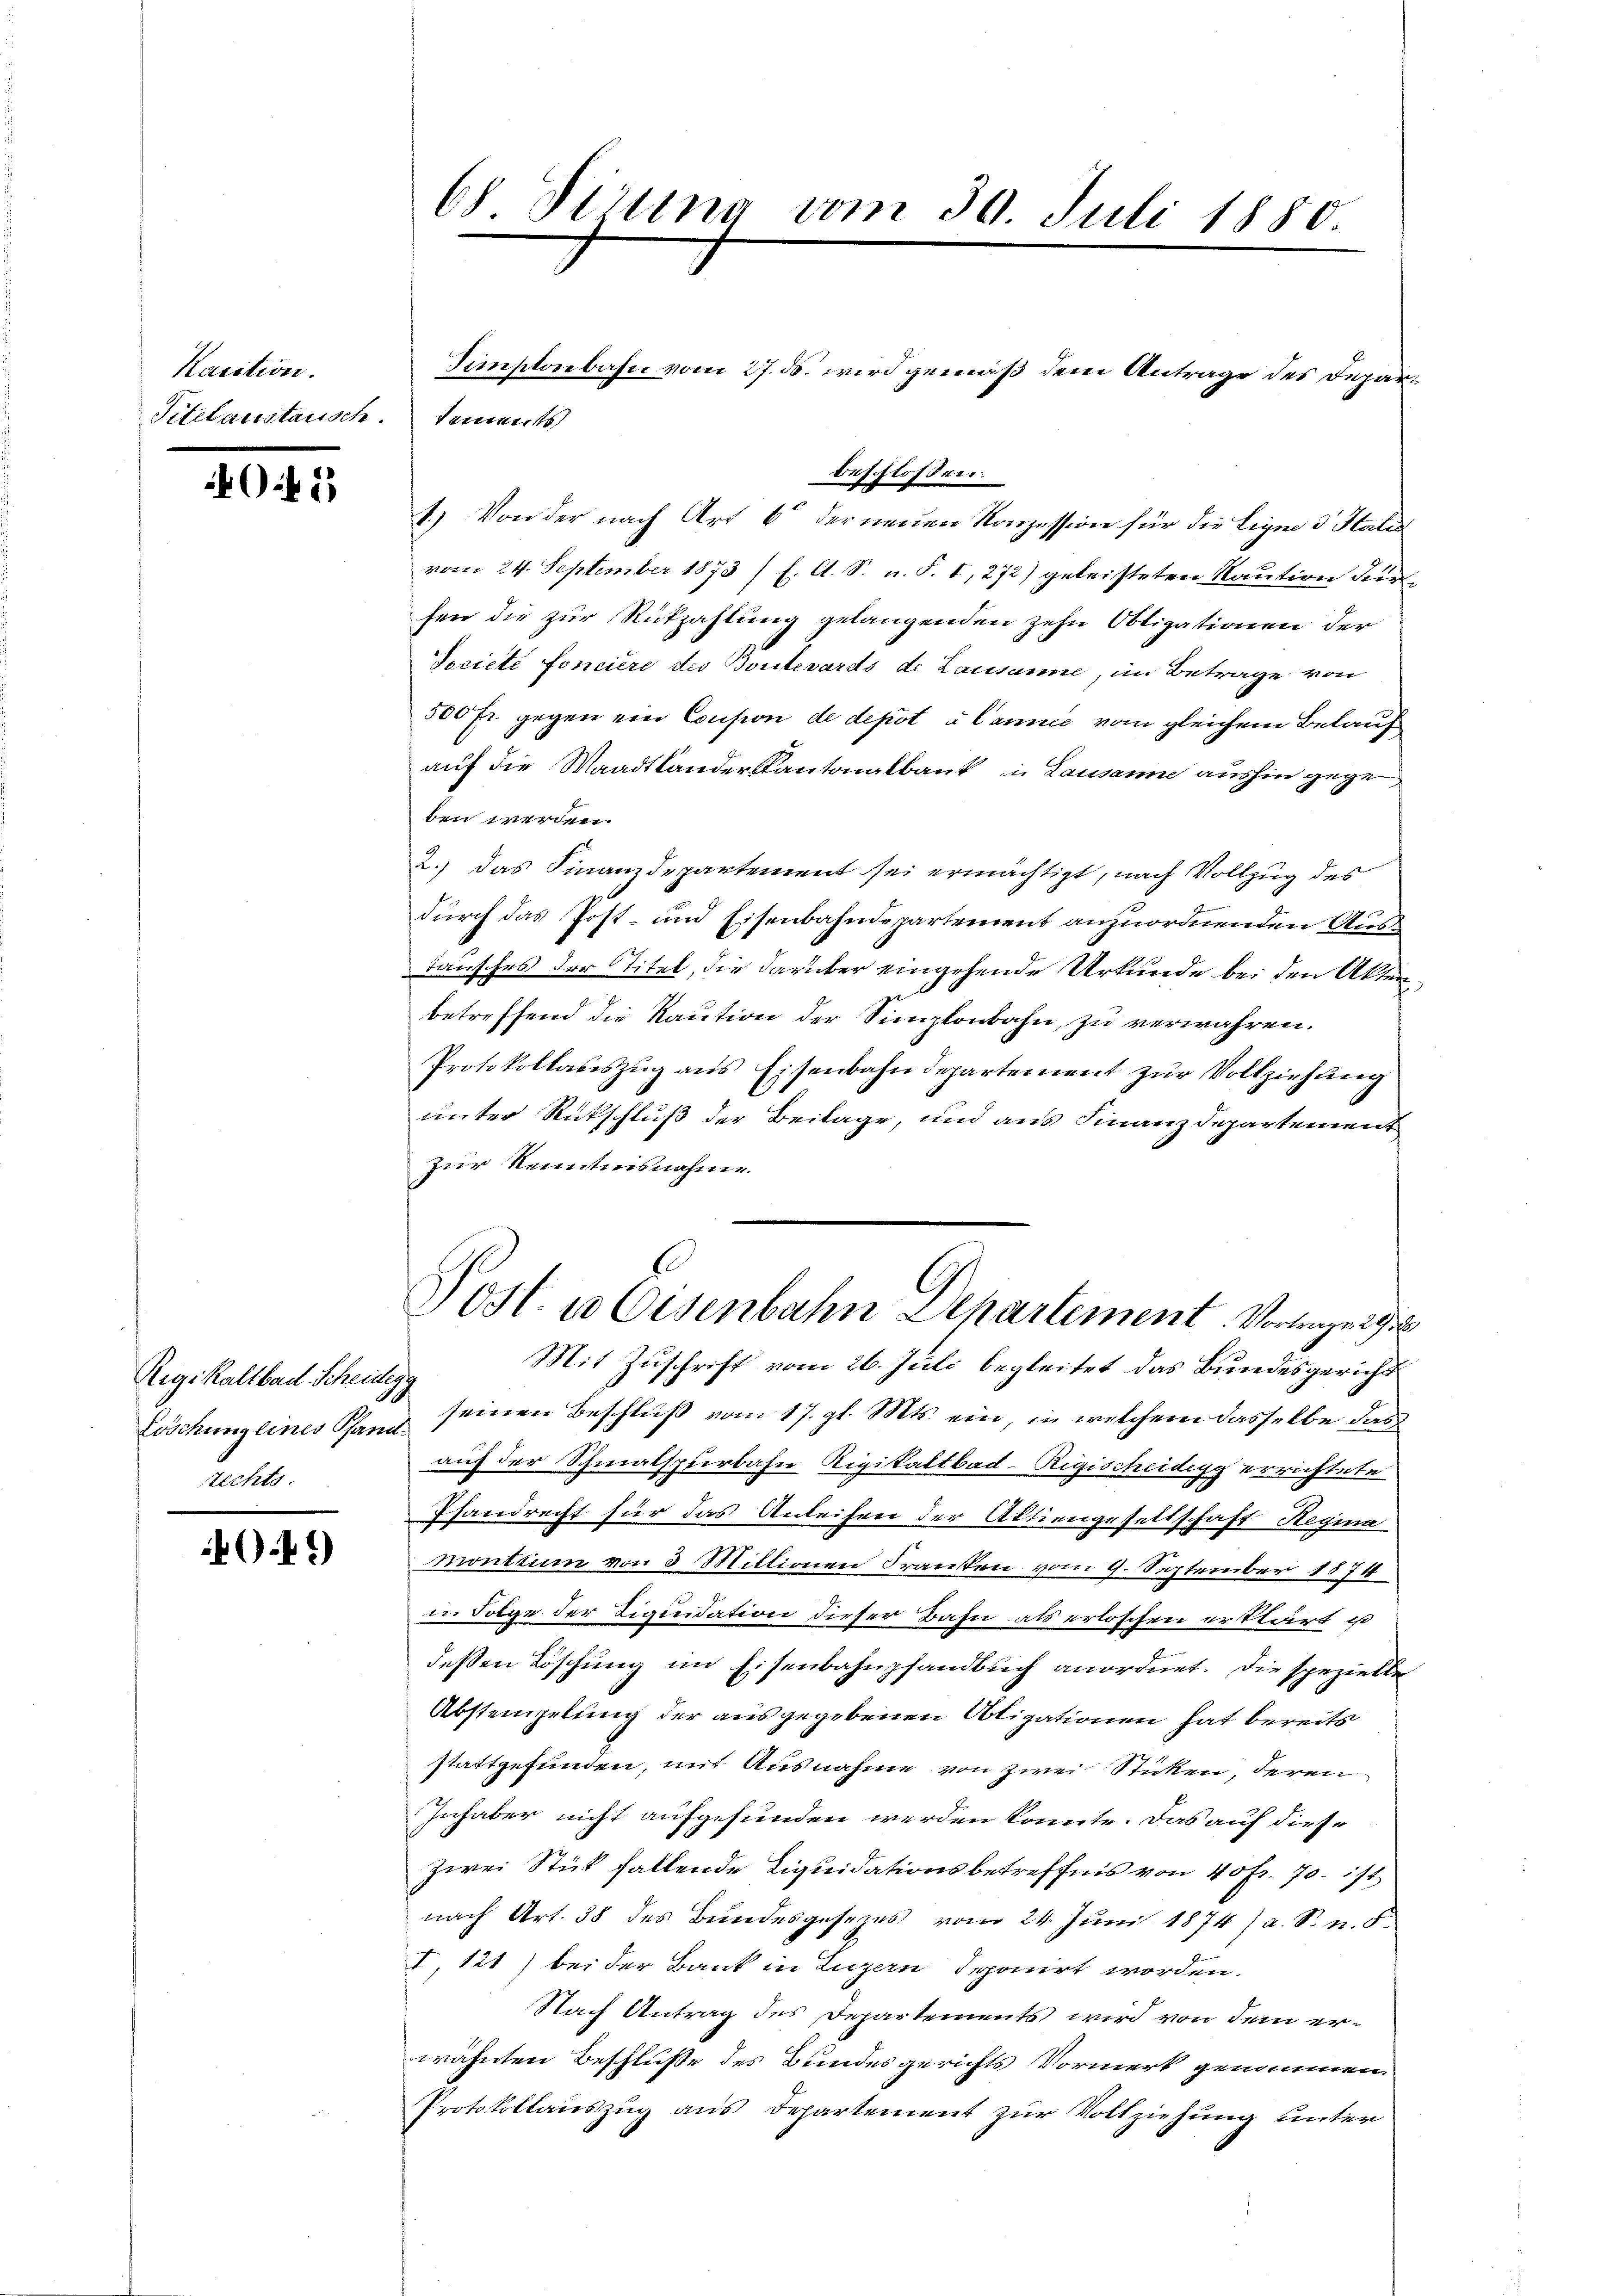
Katition.
Titelaustausch.

02

Rigi kaltbad. Scheidegg
Löschung eines Pfand.
Techts

40.41)

68 Pirung vom 30. Juli 1850

Sunstenbahn vom 27. ds. wird gemäß dem Antrage des Deparbeschlossen:
1.) Von der nach Art 6 der neuen Konzession für die Lign d Statis
vom 24. September 1873 / l. A. S. u. S. I, 272) geleisteten Raution durfen die zur Rückzahlung gelangenden zehn Obligationen der
Seciété foncière des Bontevards de Lausanne, im Betrage von
500 Fr. gegen ein Consion de depot u. Cannie vom gleichem Belauf
auf die Waadtländer Kantonalbank in Lausanne aushin gegen
ben werden.
2.) Das Finanzdepartement sei ermächtigt, nach Vollzug des
durch das Post- und Eisenbahndepartement anzuordnenden Aus¬
Tansches der Titel, die darüber eingehende Urkunde bei den Akten
t
betreffend die Kaution der Simplonbahn, zu verwahren.
Protokollateszŭg ans Eisenbahndepartement zŭr Vollziehung
unter Rückschluß der Beilage, und aus Finanzdepartement
Zur Kenntnisnahme.
Post- u Eisenbahn Departement. Vortragen
Mit Zuschrift vom 26. Juli begleitet das Bundesgericht
seinen Beschluß vom 17. gl. Mts. ein, in welchem dasselbe das
auf der Schmalspferbahn Rigikaltbad-Rigischeidegg errichtete
Pfandrecht für das Anleihen der Aktiengeseitschaft Regina
montin von 3 Mittionen Franken, vom 9. September 1874
in Folge der Liquidation dieser Bahn als erloschen erklärt ist
deßen Löschung im Eisenbahnpfandbuch anordnet. Die spezielle
Abstempelung der ausgegebenen Obligationen hat bereits
stattgefunden, mit Ausnahme von zwei Sticken, deren
Inhaber nicht aufgefunden werden könnte. Das auf diese
zwei Stück fallende Liquidationsbetreffnis von 40 Fr. 70. ist
nach Art. 38 des Bundesgesezes vom 24. Jŭni 1874) a. S. n. F.
I, 121) bei der Bank in Luzern deponirt worden.
Nach Antrag des Departements wird von dem erwähnten Beschlusse des Bundesgerichts Vormerk genommen
Protokollauszug aus Departement zur Vollziehung unter

Senats